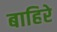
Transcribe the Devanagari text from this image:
बाहिरे